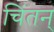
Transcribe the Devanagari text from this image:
चिंतन्